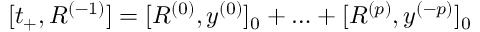
[ t _ { + } , R ^ { ( - 1 ) } ] = [ R ^ { ( 0 ) } , y ^ { ( 0 ) } ] _ { 0 } + \ldots + [ R ^ { ( p ) } , y ^ { ( - p ) } ] _ { 0 }